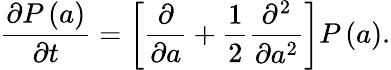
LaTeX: \frac{\partial P\left(a\right)}{\partial t}=\left[\frac{\partial}{\partial a}+\frac{1}{2}\frac{\partial^{2}}{\partial a^{2}}\right]P\left(a\right).